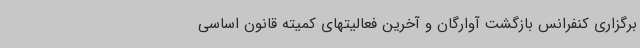
برگزاری کنفرانس بازگشت آوارگان و آخرین فعالیتهای کمیته قانون اساسی